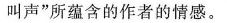
叫声”所蕴含的作者的情感。